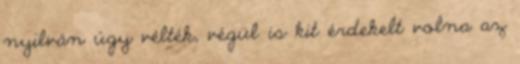
nyilván úgy vélték, végül is kit érdekelt volna az